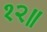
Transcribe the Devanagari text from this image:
१२॥